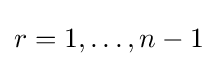
r=1,\ldots ,n-1